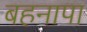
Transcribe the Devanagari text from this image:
बहनापा